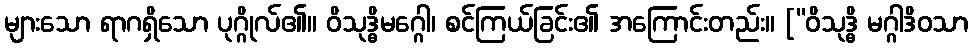
များသော ရာဂရှိသော ပုဂ္ဂိုလ်၏။ ဝိသုဒ္ဓိမဂ္ဂေါ၊ စင်ကြယ်ခြင်း၏ အကြောင်းတည်း။ [“ဝိသုဒ္ဓိ မဂ္ဂါဒိဝသာ